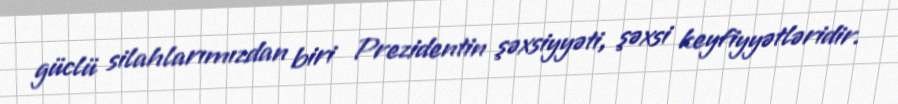
güclü silahlarımızdan biri Prezidentin şəxsiyyəti, şəxsi keyfiyyətləridir.